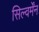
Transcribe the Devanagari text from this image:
सिल्वर्मेंन